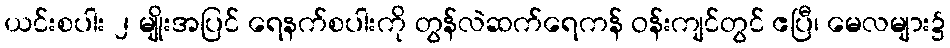
ယင်းစပါး ၂ မျိုးအပြင် ရေနက်စပါးကို တွန်လဲဆက်ရေကန် ဝန်းကျင်တွင် ဧပြီ၊ မေလများ၌